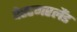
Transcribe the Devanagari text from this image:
वेस्टमरलैंड